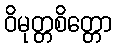
ဝိမုတ္တစိတ္တော